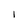
Character: I